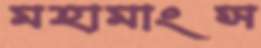
মহামাংস